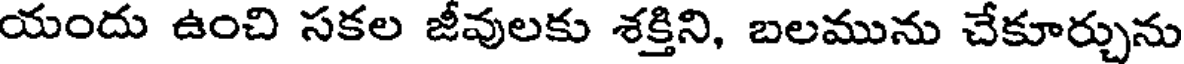
యందు ఉంచి సకల జీవులకు శక్తిని, బలమును చేకూర్చును